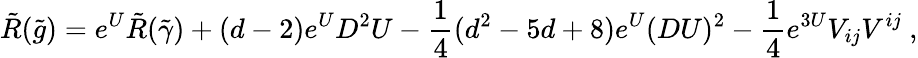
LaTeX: \tilde{R}(\tilde{g})=e^{U}\tilde{R}(\tilde{\gamma})+(d-2)e^{U}D^{2}U-{\frac{1}{4}}(d^{2}-5d+8)e^{U}(DU)^{2}-{\frac{1}{4}}e^{3U}V_{ij}V^{ij}\ ,